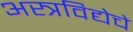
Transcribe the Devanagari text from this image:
अस्त्रविद्येचे